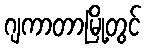
ဂျကာတာမြို့တွင်